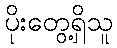
ပိုးတွေ့ရှိသူ